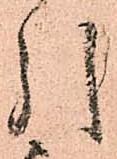
引